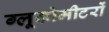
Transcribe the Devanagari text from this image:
ग्लूकोमीटरों